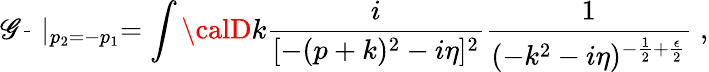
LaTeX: {\cal\mathscr{G}}\frac{{}}{{}}\mid_{p_{2}=-p_{1}}=\int{\calD}k\frac{{i}}{{[-(p+k)^{2}-i\eta]^{2}}}\frac{{1}}{{(-k^{2}-i\eta)^{-\frac{{1}}{{2}}+\frac{{\epsilon}}{{2}}}}}\; ,